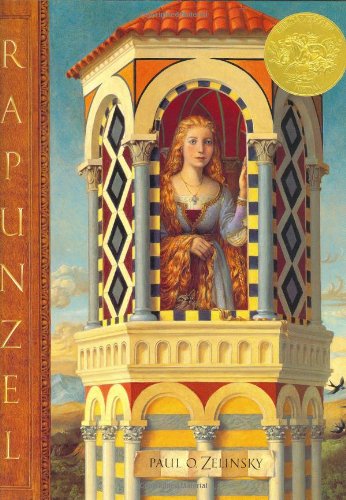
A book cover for Rapunzel (Caldecott Medal Book); Grimm; Children's Books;